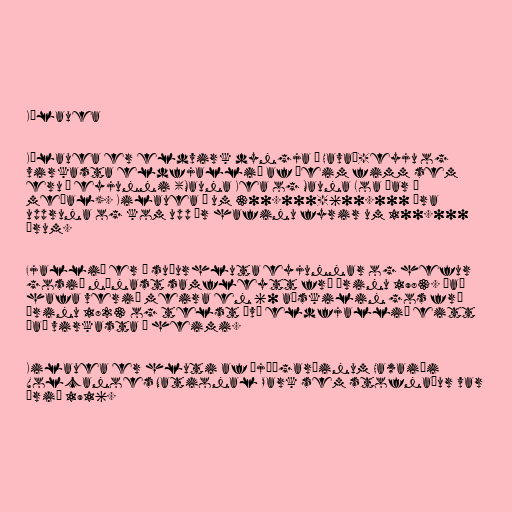
Kīlauea

Kīlauea er eldvirk dyngja á Havaí-eyju og
virkasta eldfjallið af þeim fimm sem
eru á eyjunni (Mauna Kea og Mauna Loa þar á
meðal). Kilauea á um 300.000-600.000 ára
uppruna og kom upp úr hafinu fyrir um 100.000
árum.

Fjallið er á suðurhluta eyjunnar og hefur
gosið nánast samfleytt frá árinu 1983. Það
hafa verið meira en 60 aðskilin gos frá
árinu 1823 og telst því eldfjallið eitt
það virkasta í heimi.

Kilauea er hluti af þjóðgarðinum Hawaiʻi
Volcanoes National Park sem stofnaður var
árið 1916.